Rangoon Lunatic Asylum 1878-1892 - 1878-1892
Year: 1878
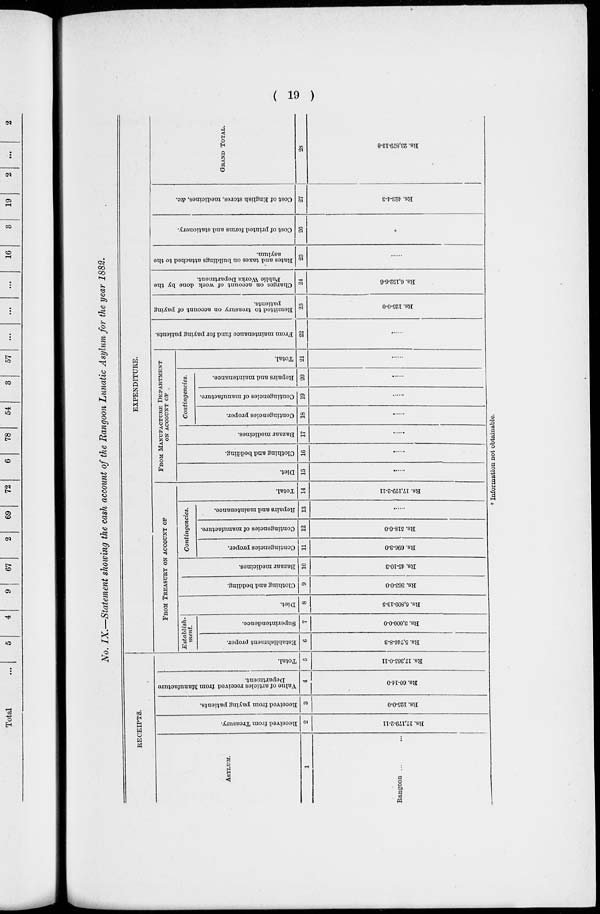
( 19 )
No. IX,—Statement showing the cash account of the Rangoon Lunatic Asylum for the year 1882.
RECEIPTS.
ASYLUM.
1
Rangoon ... ...
Received from Treasury.
2
Rs. 17,179-2-11
Received from paying patients.
3
Rs. 125-0-0
Value of articles received from Manufacture
Department.
4
Rs. 60-14-0
Total.
5
Rs. 17,365-0-11
FROM TREASURY ON ACCOUNT OF
Establish-
ment.
Establishment proper.
G
Rs. 5,746-8-3
Superintendence.
7
Rs. 3,000-0-0
Diet.
8
Rs. 6,809-13-5
Clothing and bedding.
9
Rs. 363-0-0
Bazaar medicines.
10
Rs. 45-10-3
Contingencies.
Contingencies proper.
11
Rs. 696-3-0
Contingencies of manufacture.
12
Rs. 518-0-0
Repairs and maintenance.
13
......
Total.
14
Rs. 17,179-2-11
EXPENDITURE.
FROM MANUFACTURE DEPARTMENT
ON ACCOUNT OF
Diet.
15
......
Clothing and bedding.
16
......
Bazaar medicines.
17
......
Contingencies.
Contingencies proper.
18
......
Contingencies of manufacture.
19
......
Repairs and maintenance.
20
......
Total.
21
......
From maintenance fund for paying patients.
22
......
Remitted to treasury on account of paying
patients.
23
Rs. 125-0-0
Charges on account of work done by the
Public Works Department.
24
Rs. 6,152-6-6
Rates and taxes on buildings attached to the
asylum.
25
......
Cost of printed forms and stationery.
26
*
Cost of English stores, medicines, &c.
27
Rs. 423-4-3
GRAND TOTAL.
28
Rs. 23,879-13-8
* Information not obtainable.